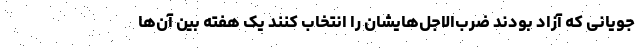
جویانی که آزاد بودند ضرب‌الاجل‌هایشان را انتخاب کنند یک هفته بین آن‌ها